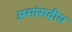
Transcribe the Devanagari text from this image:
असांसदीय